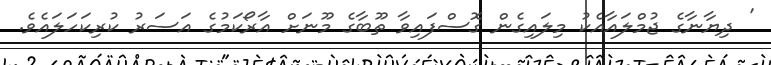
' ދިޔާނާގެ ޖުމްލައާއެކު މިލައިގެން ގޮސްފައިވާ ތޫބާގެ މޫނަށް އާރޯކަމުގެ އަސަރު ކުރިކަހަލައެވެ.